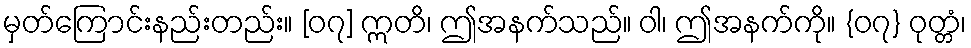
မှတ်ကြောင်းနည်းတည်း။ [၀၇] ဣတိ၊ ဤအနက်သည်။ ဝါ၊ ဤအနက်ကို။ {၀၇} ဝုတ္တံ၊